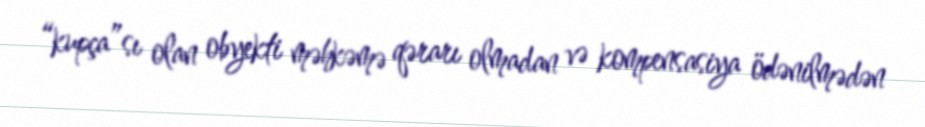
“kupça”sı olan obyekti məhkəmə qərarı olmadan və kompensasiya ödənilmədən